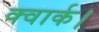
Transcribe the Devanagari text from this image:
क्वार्क।